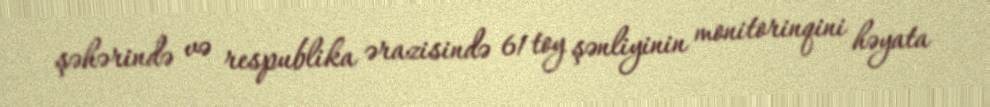
şəhərində və respublika ərazisində 61 toy şənliyinin monitorinqini həyata